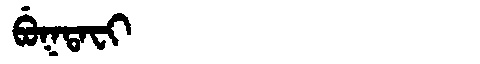
Manchu: ᠪᡠᡴᡨᠠᠸᡳ
Romanization: BUKTAFI